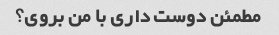
مطمئن دوست داری با من بروی؟